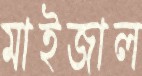
মাইজাল